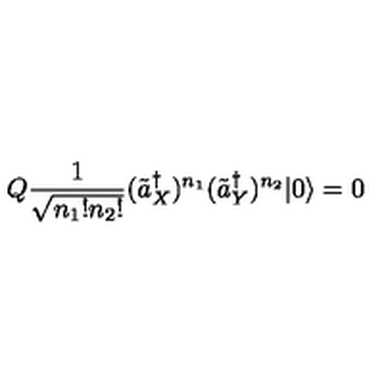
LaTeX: Q \frac { 1 } { \sqrt { n _ { 1 } ! n _ { 2 } ! } } ( \tilde { a } _ { X } ^ { \dagger } ) ^ { n _ { 1 } } ( \tilde { a } _ { Y } ^ { \dagger } ) ^ { n _ { 2 } } | 0 \rangle = 0